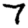
Digit: 7